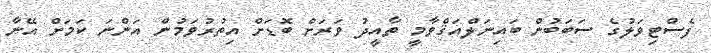
ފެސްޓިވަލުގެ ސަބަބުން ބައިނަލްއަޤްވާމީ ތާއީދު ވަރަށް ބޮޑަށް އިތުރުވަމުން އަންނަ ކަމަށް އޭނާ